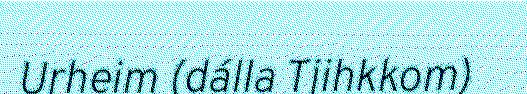
Urheim (dálla Tjihkkom)